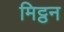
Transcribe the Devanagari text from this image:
मिट्ठन